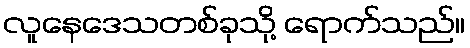
လူနေဒေသတစ်ခုသို့ ရောက်သည်။